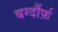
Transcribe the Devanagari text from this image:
बर्ग्दौर्फ़